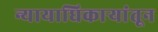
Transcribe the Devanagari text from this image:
न्यायाधिकाऱ्यांतून